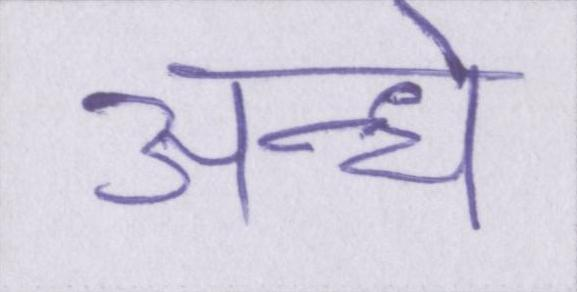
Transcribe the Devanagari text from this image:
अन्धे